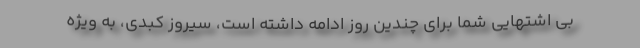
بی اشتهایی شما برای چندین روز ادامه داشته است، سیروز کبدی، به ویژه